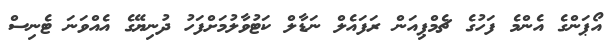
އޯޕަންގެ އެންމެ ފަހުގެ ޗެމްޕިއަން ރަފައެލް ނަޑާލް ކަޓުވާލުމަށްފަހު ދުނިޔޭގެ އެއްވަނަ ޓެނިސް